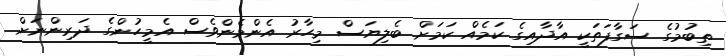
ތިބުމުގެ ސަގާފަތަކީ އާދާއިގެ ކަމެއް ކަމަށް ބެލިޔަސް މިހާރު އެންމެންވެސް އެމީހުންގެ ދަރިންނަށް